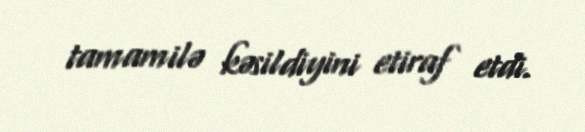
tamamilə kəsildiyini etiraf etdi.